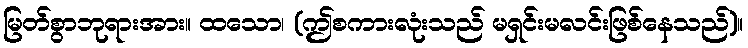
မြတ်စွာဘုရားအား။ ထသော၊ (ဤစကားလုံးသည် မရှင်းမလင်းဖြစ်နေသည်)။